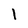
Character: I